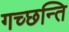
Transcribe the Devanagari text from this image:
गच्छन्ति